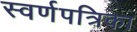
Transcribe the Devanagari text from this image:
स्वर्णपत्रिका